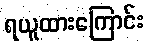
ရယူထားကြောင်း